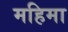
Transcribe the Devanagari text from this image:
महिमा